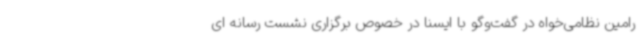
رامین نظامی‌خواه در گفت‌وگو با ایسنا در خصوص برگزاری نشست رسانه ای